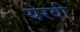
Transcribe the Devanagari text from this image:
येरवी